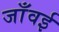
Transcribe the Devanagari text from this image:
जाँवई